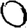
Digit: 0